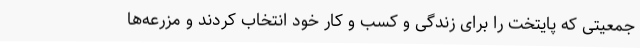
جمعیتی که پایتخت را برای زندگی و کسب و کار خود انتخاب کردند و مزرعه‌ها